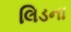
લિડના